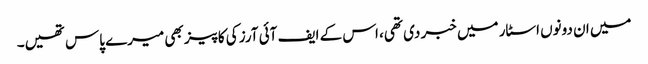
میں ان دونوں اسٹار میں خبر دی تھی، اس کے ایف آئی آرز کی کاپیز بھی میرے پاس تھیں۔